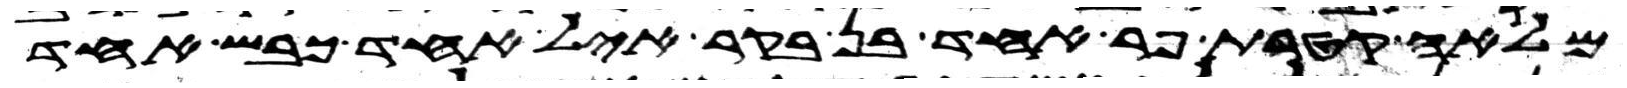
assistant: מלאה קטרת פר אחד בן בקר איל אחד כבש אחד